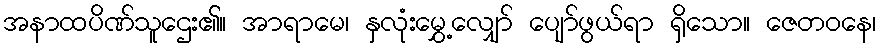
အနာထပိဏ်သူဌေး၏။ အာရာမေ၊ နှလုံးမွှေ့လျှော် ပျော်ဖွယ်ရာ ရှိသော။ ဇေတဝနေ၊